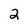
Character: 2